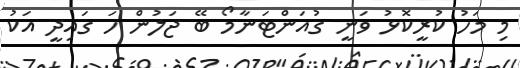
މި މަހު ކުރީކޮޅު ވަނީ ގުއަންޓަނާމޯ ބޭ ޖަލުން ހަ ގައިދީ އަކު